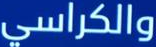
والكراسي